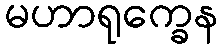
မဟာရုက္ခေန